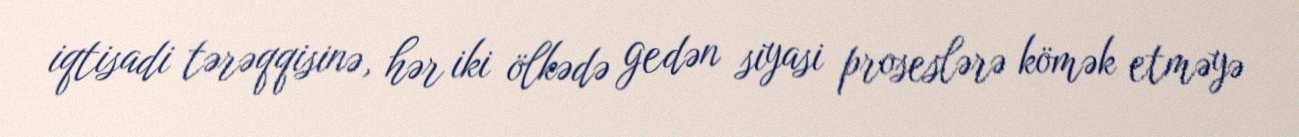
iqtisadi tərəqqisinə, hər iki ölkədə gedən siyasi proseslərə kömək etməyə